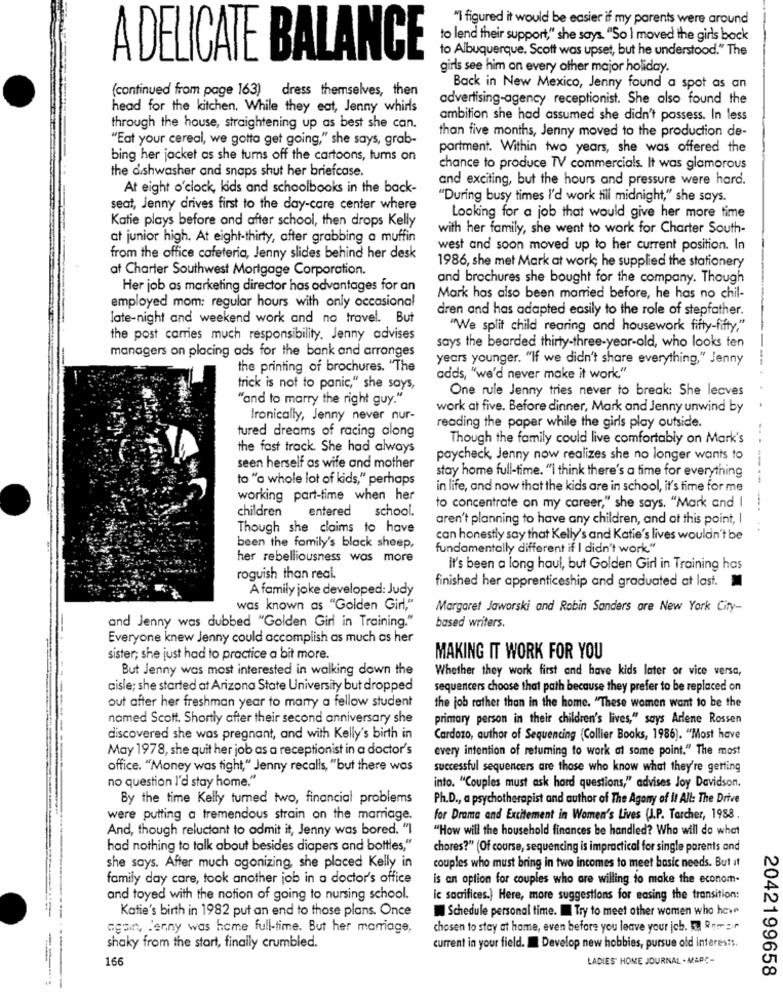
"I figured it would be easier if my parents were around
to lend their support," she says. "So I moved the girls bock
to Albuquerque. Scott was upset, but he understood." The
A DELICATE BALANCE
girls see him on every other major holiday.
(continued from page 163) dress themselves, then
Back in New Mexico, Jenny found a spot as an
advertising-agency receptionist. She also found the
head for the kitchen. While they eat, Jenny whirls
ambition she had assumed she didn't possess. In less
through the house, straightening up as best she can.
than five months, Jenny moved to the production de-
"Eat your cereal, we gotta get going," she says, grab-
partment. Within two years, she was offered the
bing her jacket as she turns off the cartoons, tums on
the dishwasher and snaps shut her briefcase.
chance to produce TV commercials. It was glamorous
and exciting, but the hours and pressure were hard.
At eight o'clock, kids and schoolbooks in the back-
"During busy times I'd work till midnight," she says.
seat, Jenny drives first to the day-care center where
Looking for a job that would give her more time
Katie plays before and after school, then drops Kelly
with her family, she went to work for Charter South-
at junior high. At eight-thirty, after grabbing a muffin
west and soon moved up to her current position. In
from the office cafeteria, Jenny slides behind her desk
af Charter Southwest Mortgage Corporation.
1986, she met Mark at work; he supplied the stationery
and brochures she bought for the company. Though
Her job as marketing director has advantages for an
Mark has also been married before, he has no chil-
employed mom: regular hours with only occasional
dren and has adapted easily to the role of stepfather.
late-night and weekend work and no travel. But
"We split child rearing and housework fifty-fifty."
the post carries much responsibility. Jenny advises
managers on placing ads for the bank and arranges
says the bearded thirty-three-year-old, who looks ten
years younger. "If we didn't share everything," Jenny
the printing of brochures. "The
adds, "we'd never make it work."
trick is not to panic," she says,
One rule Jenny tries never to break: She leaves
"and to marry the right guy."
work at five. Before dinner, Mark and Jenny unwind by
Ironically, Jenny never nur-
reading the paper while the girls play outside.
tured dreams of racing along
Though the family could live comfortably on Mark's
the fast track. She had always
paycheck, Jenny now realizes she no longer wants to
seen herself as wife and mother
stay home full-time. "I think there's a time for everything
to "a whole lot of kids," perhaps
in life, and now that the kids are in school, it's time for me
working part-time when her
to concentrate on my career," she says. "Mark and
-------
children entered school.
aren't planning to have any children, and at this point,
Though she claims to have
can honestly say that Kelly's and Katie's lives wouldn't be
been the family's black sheep,
fundamentally different if I didn't work."
her rebelliousness was more
It's been a long haul, but Golden Girl in Training has
roguish than real.
finished her apprenticeship and graduated at last.
A family joke developed: Judy
was known as "Golden Girl,"
Margaret Jaworski and Robin Sanders are New York City-
and Jenny was dubbed "Golden Girl in Training."
based writers.
Everyone knew Jenny could accomplish as much as her
sister; she just had to practice a bit more.
MAKING IT WORK FOR YOU
But Jenny was most interested in walking down the
Whether they work first and have kids later or vice versa,
aisle; she started at Arizona State University but dropped
sequencers choose that path because they prefer to be replaced on
out after her freshman year to marry a fellow student
the job rather than in the home. "These women want to be the
named Scott. Shortly after their second anniversary she
primary person in their children's lives," says Arlene Rossen
discovered she was pregnant, and with Kelly's birth in
Cardozo, author of Sequencing (Collier Books, 1986). "Most have
May 1978, she quit her job as a receptionist in a doctor's
every intention of returning to work at some point." The most
office. "Money was tight," Jenny recalls, "but there was
successful sequencers are those who know what they're getting
no question I'd stay home."
into. "Couples must ask hard questions," advises Joy Davidson.
By the time Kelly turned two, financial problems
Ph.D ., a psychotherapist and author of The Agony of It All: The Drive
were putting a tremendous strain on the marriage.
for Drama and Excitement in Women's Lives (J.P. Tarcher, 1988 .
And, though reluctant to admit it, Jenny was bored. "1
"How will the household finances be handled? Who will do what
had nothing to talk about besides diapers and bottles,"
chores?" (Of course, sequencing is impractical for single parents and
she says. After much agonizing she placed Kelly in
couples who must bring in two incomes to meet basic needs. But it
family day care, took another job in a doctor's office
is an option for couples who are willing to make the econom-
and toyed with the notion of going to nursing school.
ic sacrifices.) Here, more suggestions for easing the transition:
Katie's birth in 1982 put an end to those plans. Once
Schedule personal time. Try to meet other women who have
again, Jenny was home full-time. But her marriage,
chosen to stay at home, even before you leave your jcb. 57 Ram sir
shaky from the start, finally crumbled.
current in your field. I Develop new hobbies, pursue old interes:s.
166
LADIES' HOME JOURNAL - MARC-
2042199658